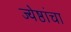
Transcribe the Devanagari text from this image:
ज्येष्ठांचा